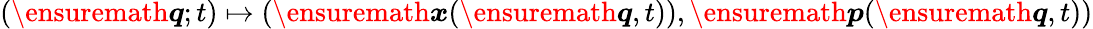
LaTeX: (\ensuremath{\boldsymbol{q}};t)\mapsto(\ensuremath{\boldsymbol{x}}(\ensuremath{\boldsymbol{q}},t)),\ensuremath{\boldsymbol{p}}(\ensuremath{\boldsymbol{q}},t))